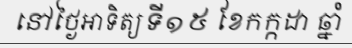
នៅថ្ងៃអាទិត្យទី១៥ ខែកក្កដា ឆ្នាំ